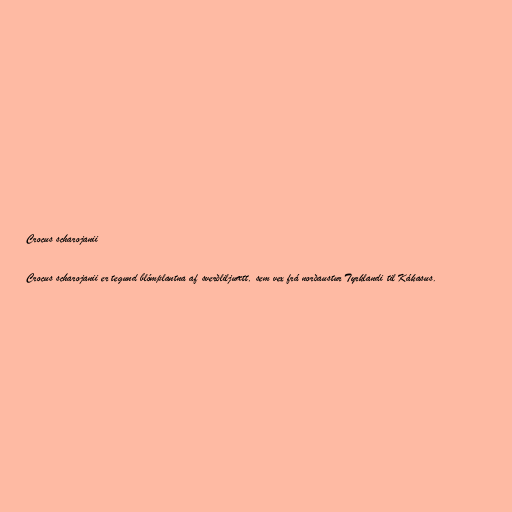
Crocus scharojanii

Crocus scharojanii er tegund blómplantna af sverðliljuætt, sem vex frá norðaustur Tyrklandi til Kákasus.